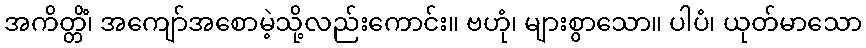
အကိတ္တိံ၊ အကျော်အစောမဲ့သို့လည်းကောင်း။ ဗဟုံ၊ များစွာသော။ ပါပံ၊ ယုတ်မာသော